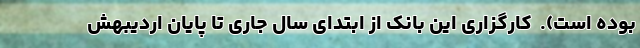
بوده است).  کارگزاری این بانک از ابتدای سال جاری تا پایان اردیبهش